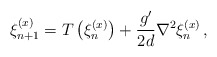
\begin{align*}\xi^{(x)}_{n+1} = T\left(\xi^{(x)}_n\right) + \frac{g'}{2d} \nabla^2 \xi^{(x)}_n \, ,\end{align*}